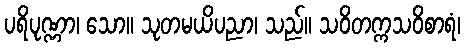
ပရိပုဏ္ဏာ၊ သော။ သုတမယိပညာ၊ သည်။ သဝိတက္ကသဝိစာရံ၊